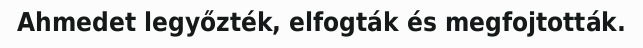
Ahmedet legyőzték, elfogták és megfojtották.